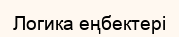
Логика еңбектері